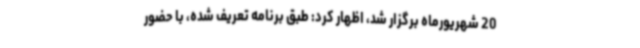
20 شهریورماه برگزار شد، اظهار کرد: طبق برنامه تعریف شده، با حضور